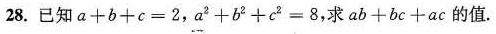
28.已知$$a + b + c = 2$$，$$a ^ { 2 }